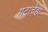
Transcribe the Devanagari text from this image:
गटाचेही